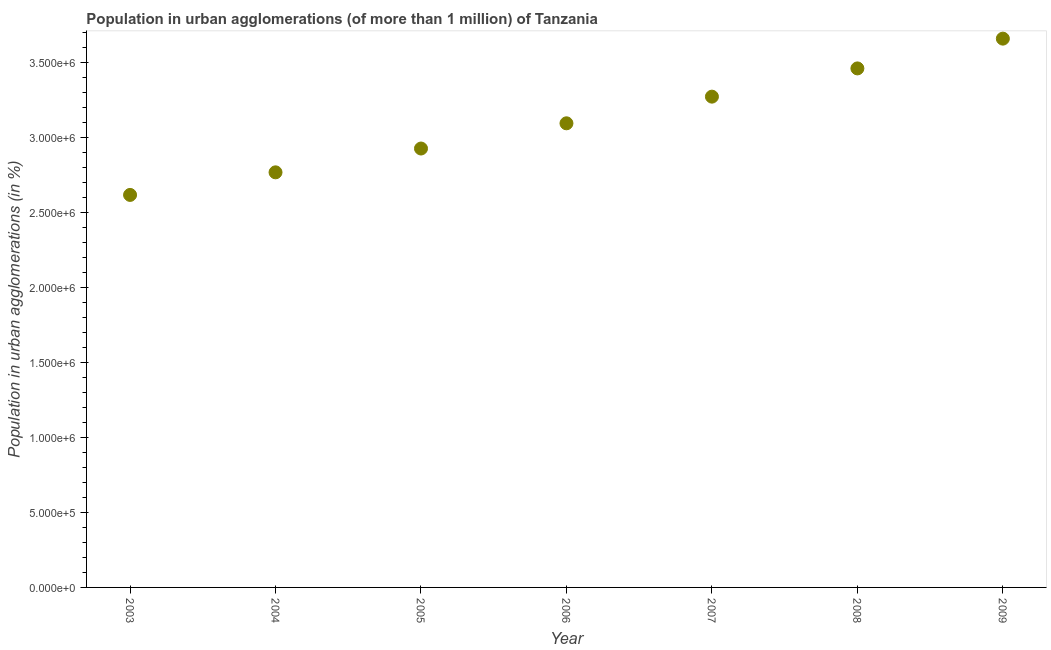
| Year | Population in urban agglomerations |
 | --- | --- |
 | 2003 | 2.62e+06 |
 | 2004 | 2.77e+06 |
 | 2005 | 2.93e+06 |
 | 2006 | 3.09e+06 |
 | 2007 | 3.27e+06 |
 | 2008 | 3.46e+06 |
 | 2009 | 3.66e+06 |